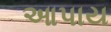
આપાય